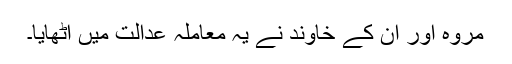
مروہ اور ان کے خاوند نے یہ معاملہ عدالت میں اٹھایا۔